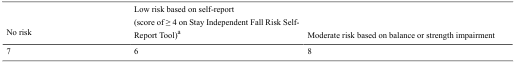
| No risk | Low risk based on self-report(score of ≥ 4 on Stay Independent Fall Risk Self-Report Tool)a | Moderate risk based on balance or strength impairment |
 | --- | --- | --- |
 | 7 | 6 | 8 |